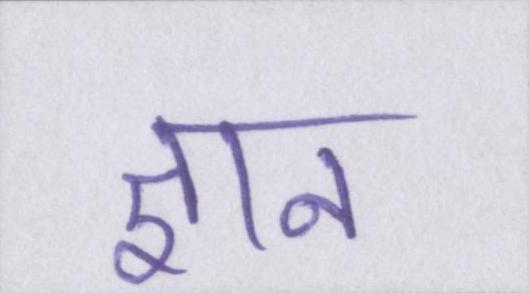
ज्ञान